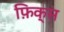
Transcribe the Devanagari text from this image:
फ़िक्स